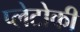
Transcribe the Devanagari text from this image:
प्लेटोकी